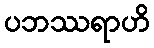
ပဘဿရာဟိ